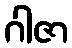
ဂါဇာ